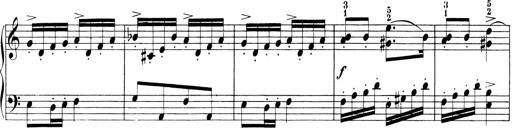
Title: Sonatinen Op.47, 98 und 136, nebst 6 Liedersonatinen
Composer: Carl Reinecke